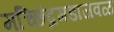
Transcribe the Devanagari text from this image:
मच्छिंद्रगडाजवळ